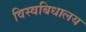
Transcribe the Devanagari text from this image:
विस्वबिधालय